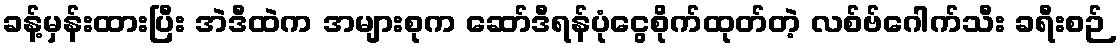
ခန့်မှန်းထားပြီး အဲဒီထဲက အများစုက ဆော်ဒီရန်ပုံငွေစိုက်ထုတ်တဲ့ လစ်ဗ်ဂေါက်သီး ခရီးစဉ်